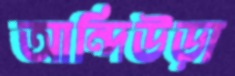
আন্দিউড়া